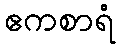
ဧကစာရံ